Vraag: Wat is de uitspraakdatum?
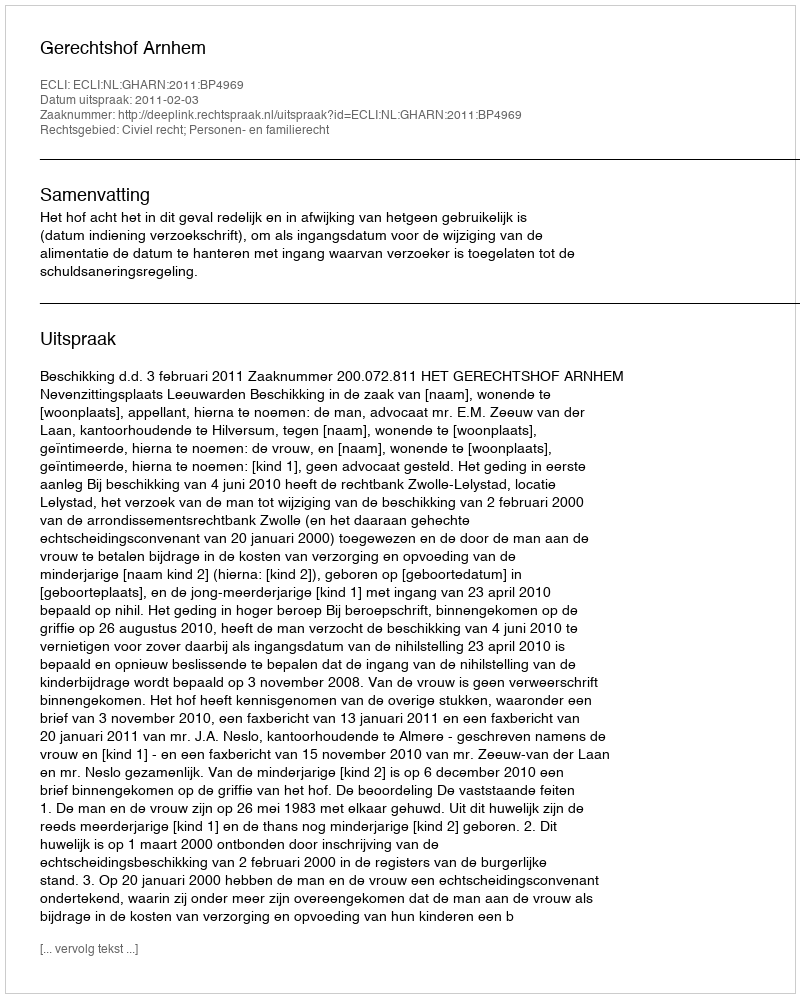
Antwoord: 2011-02-03